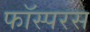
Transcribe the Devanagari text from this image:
फॉस्परस